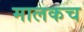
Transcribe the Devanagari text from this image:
मालकच